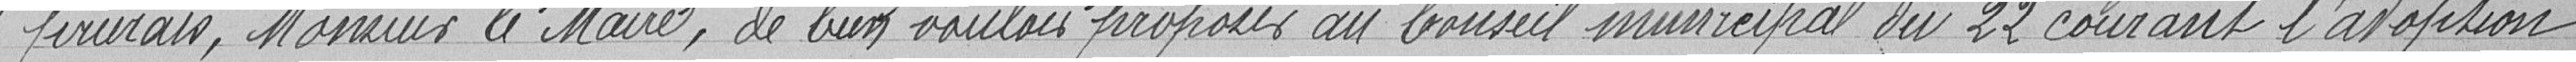
prierais, Monsieur le Maire, de bien vouloir proposer  au Conseil municipal du 22 courant l'adoption